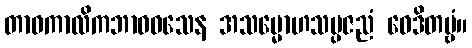
တာဝကာလိကဘာဝဝသေန အသမ္မောဟသမ္ပဇညံ ဝေဒိတဗ္ဗံ။